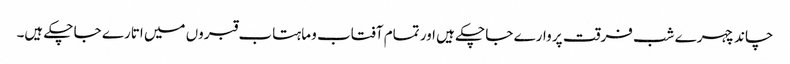
چاند چہرے شب فرقت پر وارے جا چکے ہیں اور تمام آفتاب و ماہتاب قبروں میں اتارے جا چکے ہیں۔